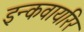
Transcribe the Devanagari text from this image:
इन्कवायरिर